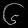
Digit: ၆